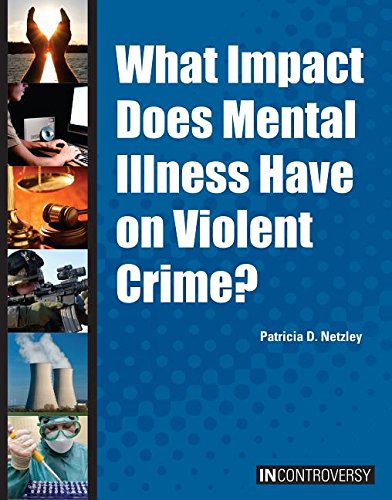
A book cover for What Impact Does Mental Illness Have on Violent Crime? (In Controversy); Patricia D. Netzley; Teen & Young Adult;